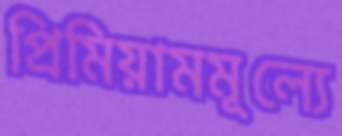
প্রিমিয়ামমূল্যে